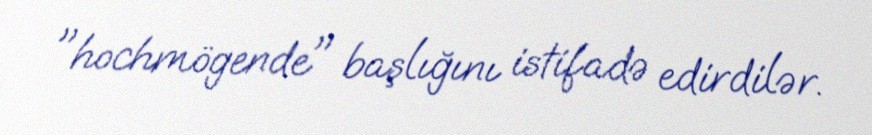
"hochmögende" başlığını istifadə edirdilər.